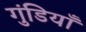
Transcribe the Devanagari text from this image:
गुंडियाँ